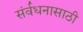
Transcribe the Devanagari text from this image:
संर्वधनासाठी